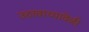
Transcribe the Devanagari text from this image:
उठावाच्यावेळी